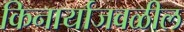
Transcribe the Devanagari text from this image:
किनार्याजवळील